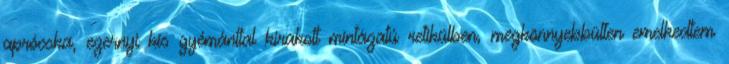
aprócska, ezernyi kis gyémánttal kirakott mintázatú retikülben, megkönnyebbülten emelkedtem